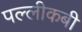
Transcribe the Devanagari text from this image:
पल्लीकबी